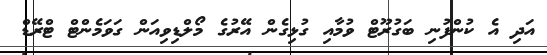
އަދި އެ ކުންފުނި ބަގުރޫޓް ވުމާއި ގުޅިގެން އޭރުގެ މޯލްޑިވިއަން ގަވަމެންޓް ޓްރޭޑް